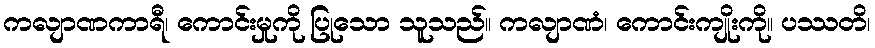
ကလျာဏကာရီ၊ ကောင်းမှုကို ပြုသော သူသည်။ ကလျာဏံ၊ ကောင်းကျိုးကို။ ပဿတိ၊